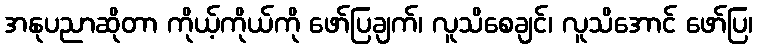
အနုပညာဆိုတာ ကိုယ့်ကိုယ်ကို ဖော်ပြချက်၊ လူသိစေချင်၊ လူသိအောင် ဖော်ပြ၊